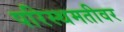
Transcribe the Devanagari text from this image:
परिस्थमतीवर